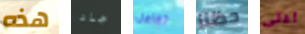
هذه جاد تفاعل حظنا أغلى